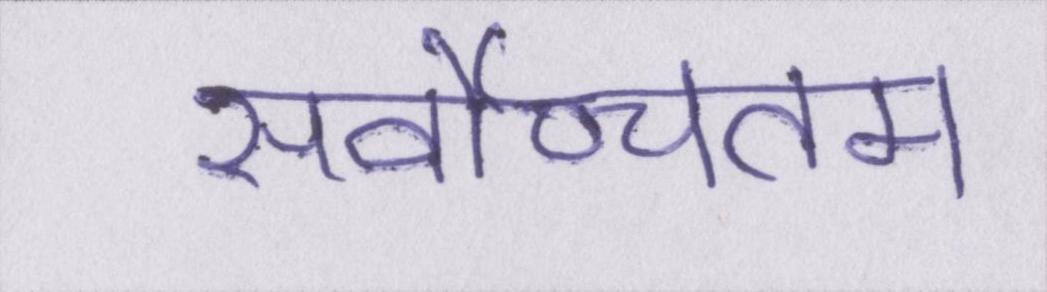
सर्वोच्चतम